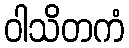
ဝါသိတကံ